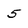
Character: 5